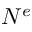
N ^ { e }